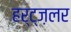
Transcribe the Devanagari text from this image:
हर्ट्ज़लर